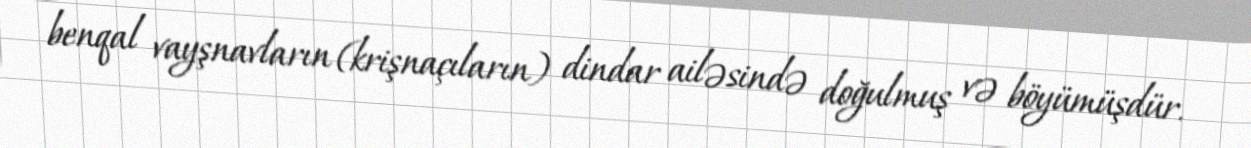
benqal vayşnavların (krişnaçıların) dindar ailəsində doğulmuş və böyümüşdür.